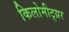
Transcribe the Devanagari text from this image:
किलोमीट्य़र